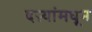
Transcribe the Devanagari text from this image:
दऱ्यांमधून